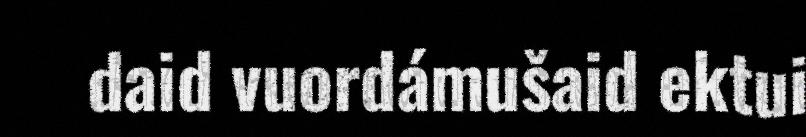
daid vuordámušaid ektui